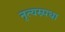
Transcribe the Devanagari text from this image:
नृत्यस्र्पधा